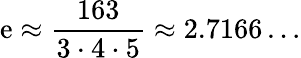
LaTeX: \mathrm{e}\approx{\frac{{163}}{{3\cdot4\cdot5}}}\approx2.7166\dots